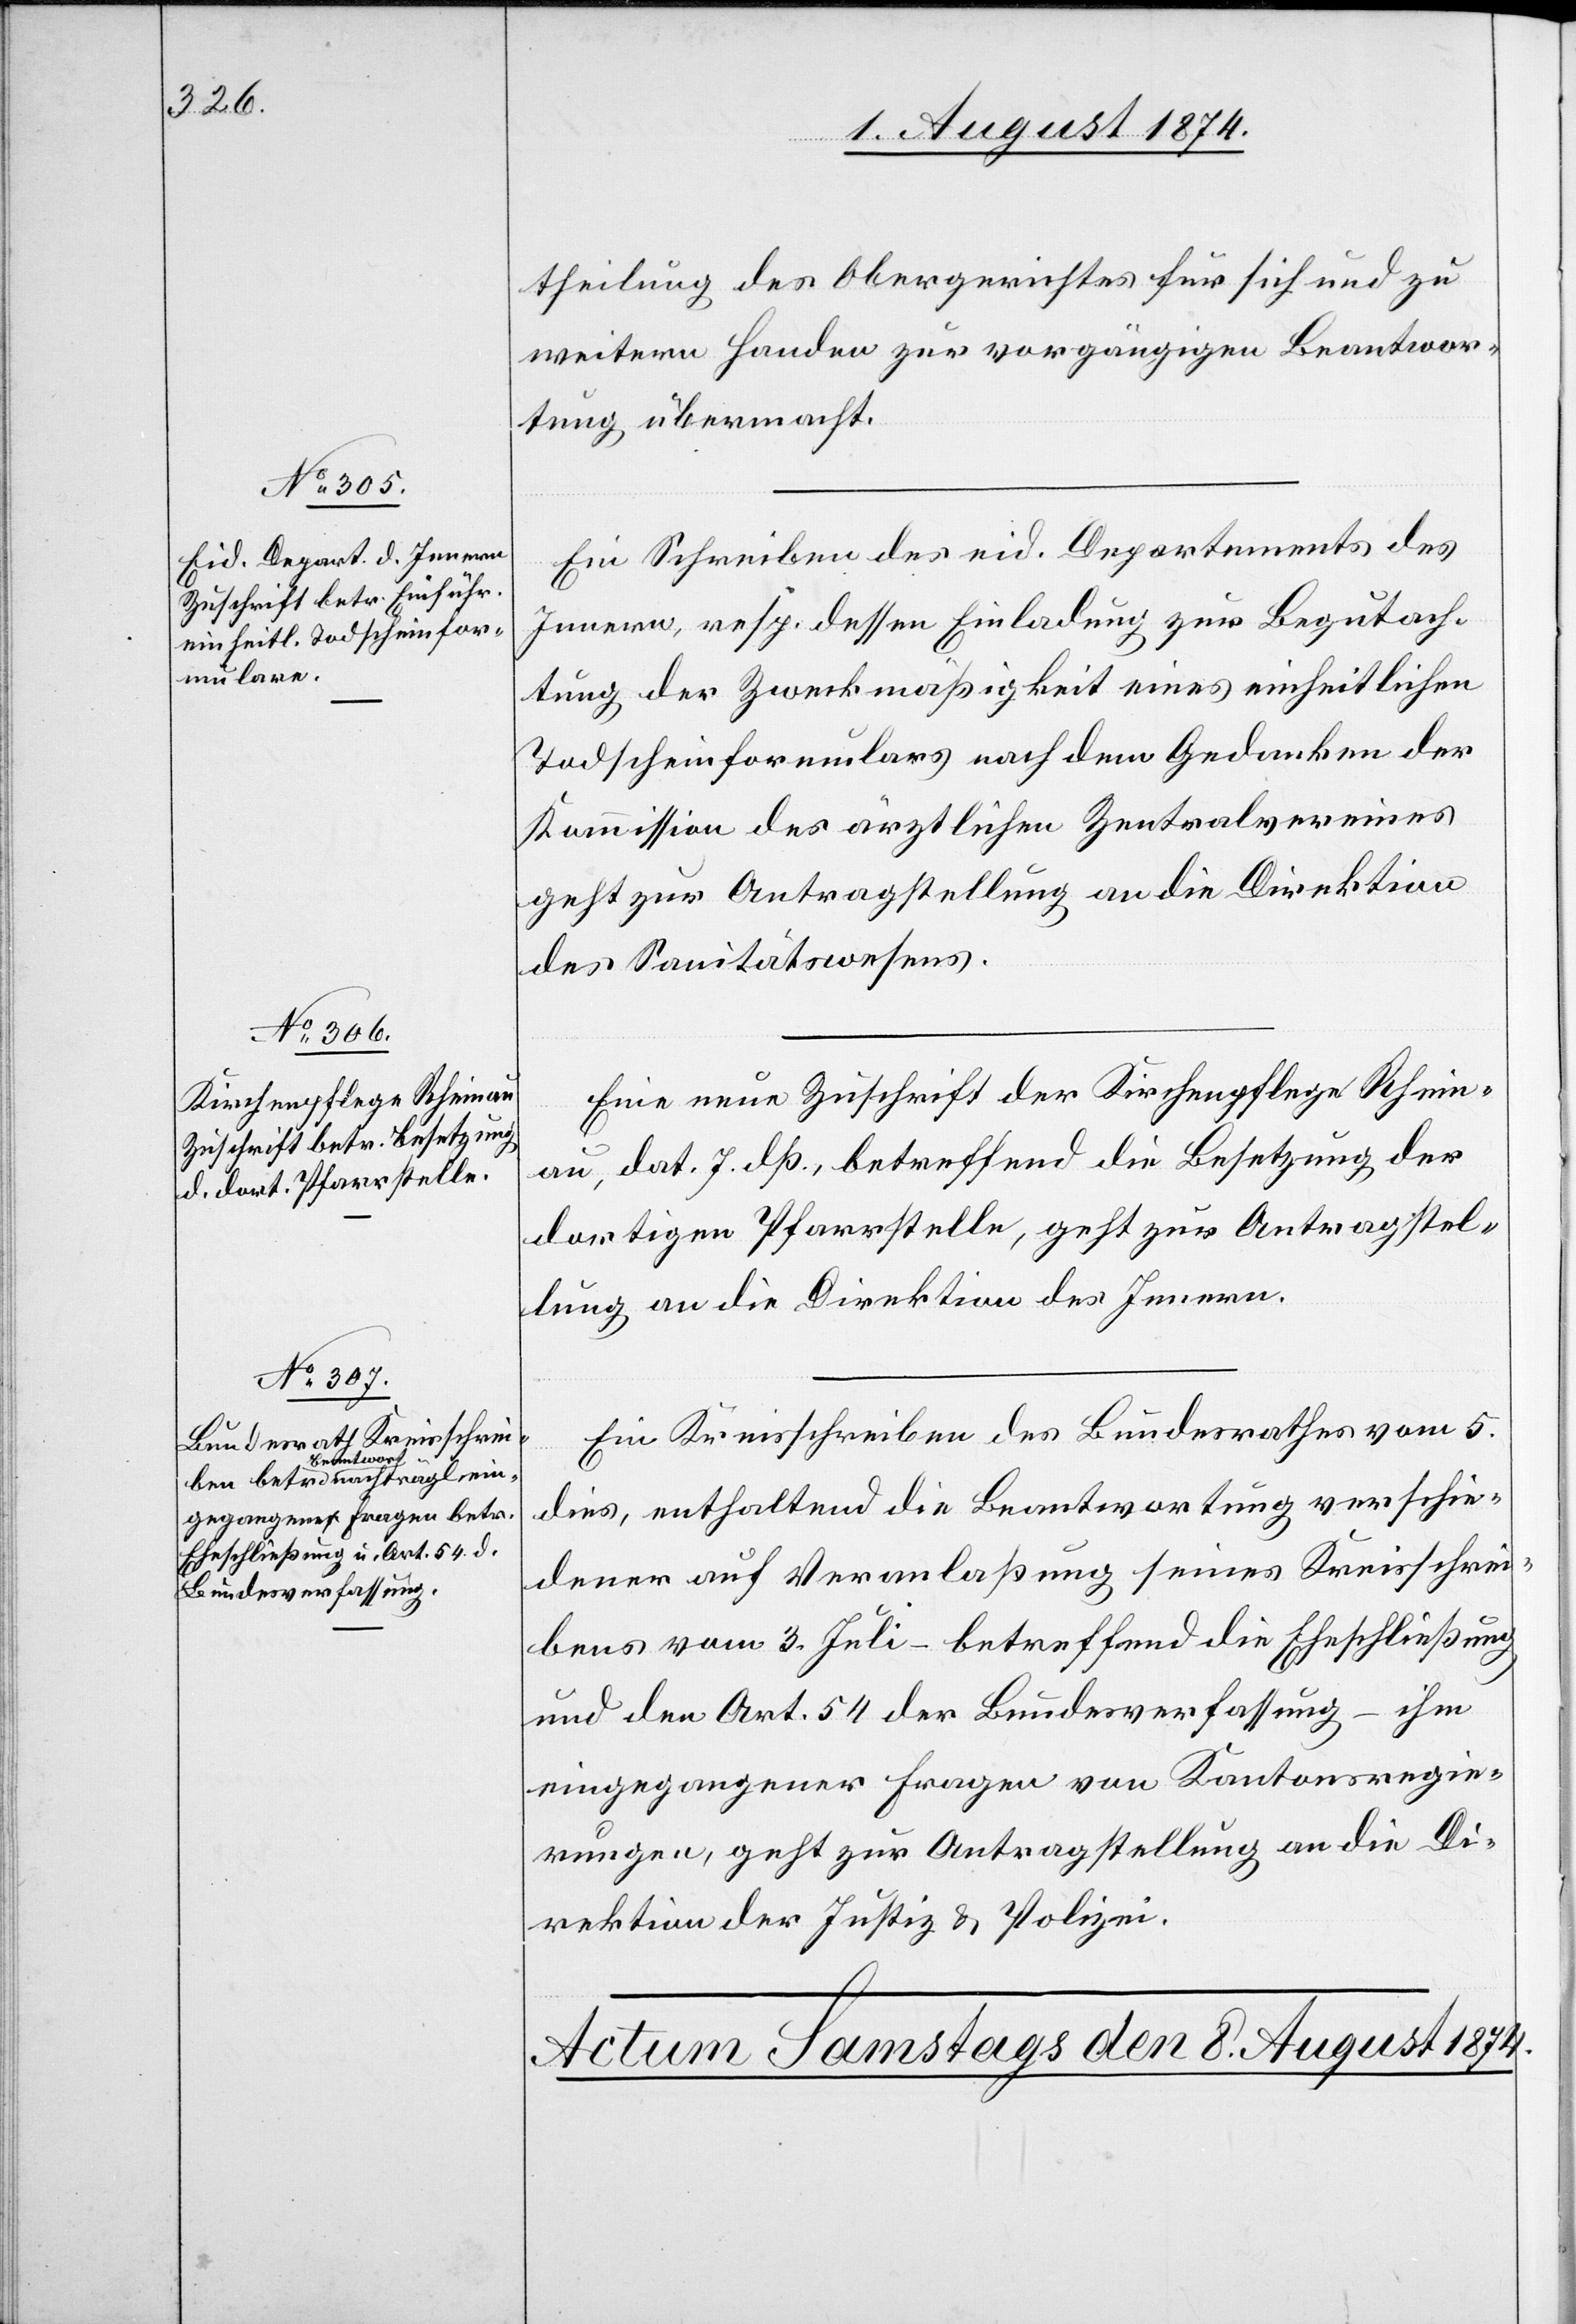
7. August 1874.]
theilung des Obergerichtes für sich und zu
weitern Handen zur vorgängigen Beantwor¬
tung übermacht.
Ein Schreiben des eid. Departements des
Innern, resp. dessen Einladung zur Begutach¬
tung der Zweckmäßigkeit eines einheitlichen
Todscheinformulars nach dem Gedanken der
Kommission des ärztlichen Zentralvereines
geht zur Antragstellung an die Direktion
des Sanitätswesens.
Eine neue Zuschrift der Kirchenpflege Rhein¬
au, dat. 7. dß., betreffend die Besetzung der
dortigen Pfarrstelle, geht zur Antragstel¬
lung an die Direktion des Innern.
Ein Kreisschreiben des Bundesrathes vom 5.
dies, enthaltend die Beantwortung verschie¬
dener auf Veranlaßung seines Kreisschrei¬
bens vom 3. Juli – betreffend die Eheschließung
und den Art. 54 der Bundesverfassung – ihm
eingegangener Fragen von Kantonsregie¬
rungen, geht zur Antragstellung an die Di¬
rektion der Justiz u. Polizei.